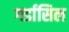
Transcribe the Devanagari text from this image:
गर्डासिल